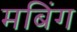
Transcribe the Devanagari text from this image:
मबिंग